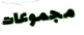
مجموعات